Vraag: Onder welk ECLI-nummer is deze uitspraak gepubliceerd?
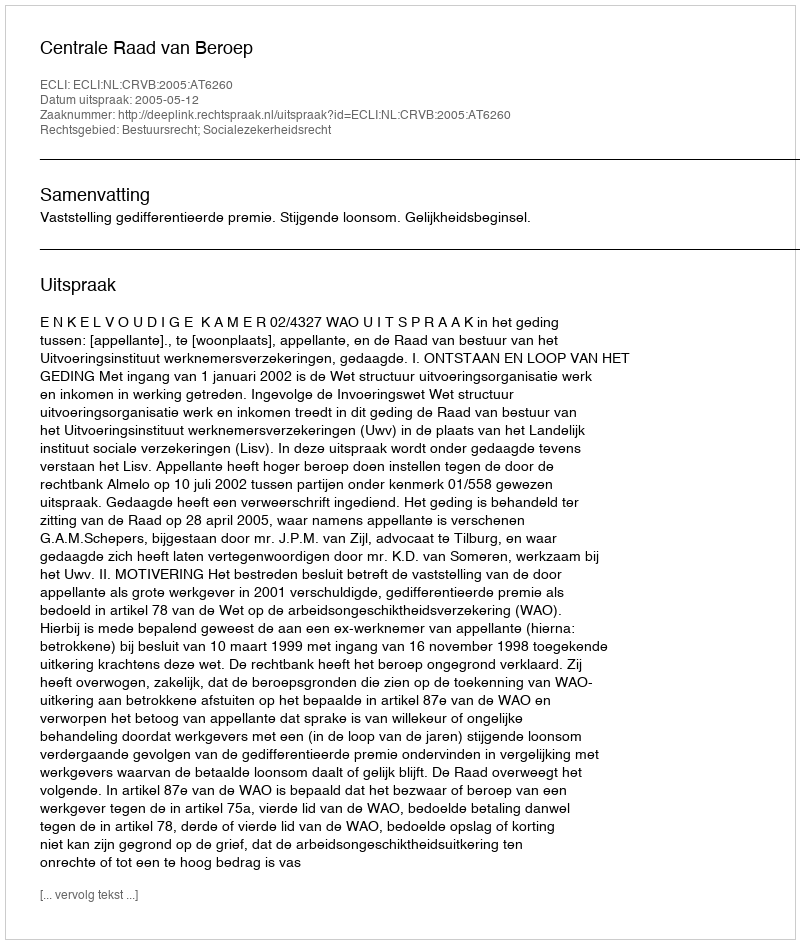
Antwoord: ECLI:NL:CRVB:2005:AT6260